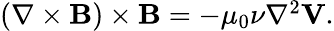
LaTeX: \begin{array}{r}{\left(\nabla\times{\mathbf B}\right)\times{\mathbf B}=-\mu_{0}\nu\nabla^{2}{\mathbf V}.}\end{array}